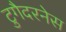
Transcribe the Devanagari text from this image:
टुगैदरनेस